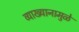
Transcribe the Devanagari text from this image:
व्याख्यानामुळे